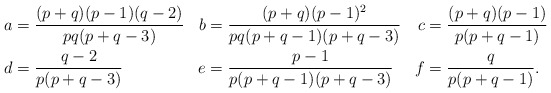
\begin{align*}a &= \frac{(p+q)(p-1)(q-2)}{pq(p+q-3)}&b&=\frac{(p+q)(p-1)^2}{pq(p+q-1)(p+q-3)}&c&=\frac{(p+q)(p-1)}{p(p+q-1)}\\d&=\frac{q-2}{p(p+q-3)}&e&=\frac{p-1}{p(p+q-1)(p+q-3)}&f&=\frac{q}{p(p+q-1)}.\end{align*}